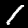
Digit: 1